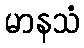
မာနသံ